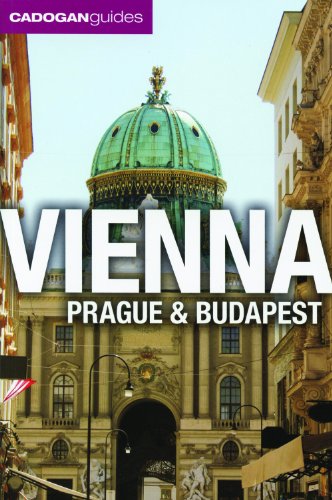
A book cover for Cadogan Guides Vienna, Prague and Budapest (Cadogan Guide Vienna Prague Budapest); Mary-Ann Gallager; Travel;